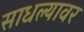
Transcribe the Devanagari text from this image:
साधल्यावर